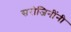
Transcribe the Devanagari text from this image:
सरोजिनींनी